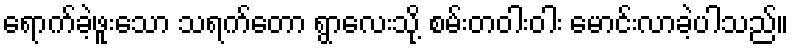
ရောက်ခဲ့ဖူးသော သရက်တော ရွာလေးသို့ စမ်းတဝါးဝါး မောင်းလာခဲ့ပါသည်။